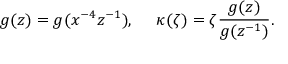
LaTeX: g ( z ) = g ( x ^ { - 4 } z ^ { - 1 } ) , ~ ~ ~ ~ \kappa ( \zeta ) = \zeta \frac { g ( z ) } { g ( z ^ { - 1 } ) } .